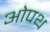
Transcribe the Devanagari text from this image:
ओपथ